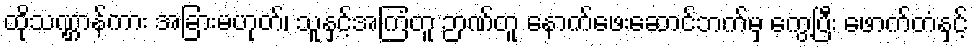
ထိုသဏ္ဌာန်ကား အခြားမဟုတ်၊ သူနှင့်အကြံတူ ဉာဏ်တူ နောက်ဖေးဆောင်ဘက်မှ ကွေ့ပြီး ဖောက်တံနှင့်